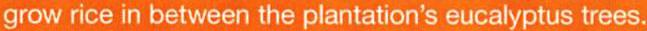
grow rice in between the plantation's eucalyptus trees.